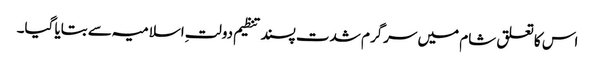
اس کا تعلق شام میں سرگرم شدت پسند تنظیم دولتِ اسلامیہ سے بتایا گیا۔